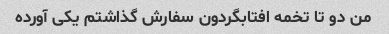
من دو تا تخمه افتابگردون سفارش گذاشتم یکی آورده